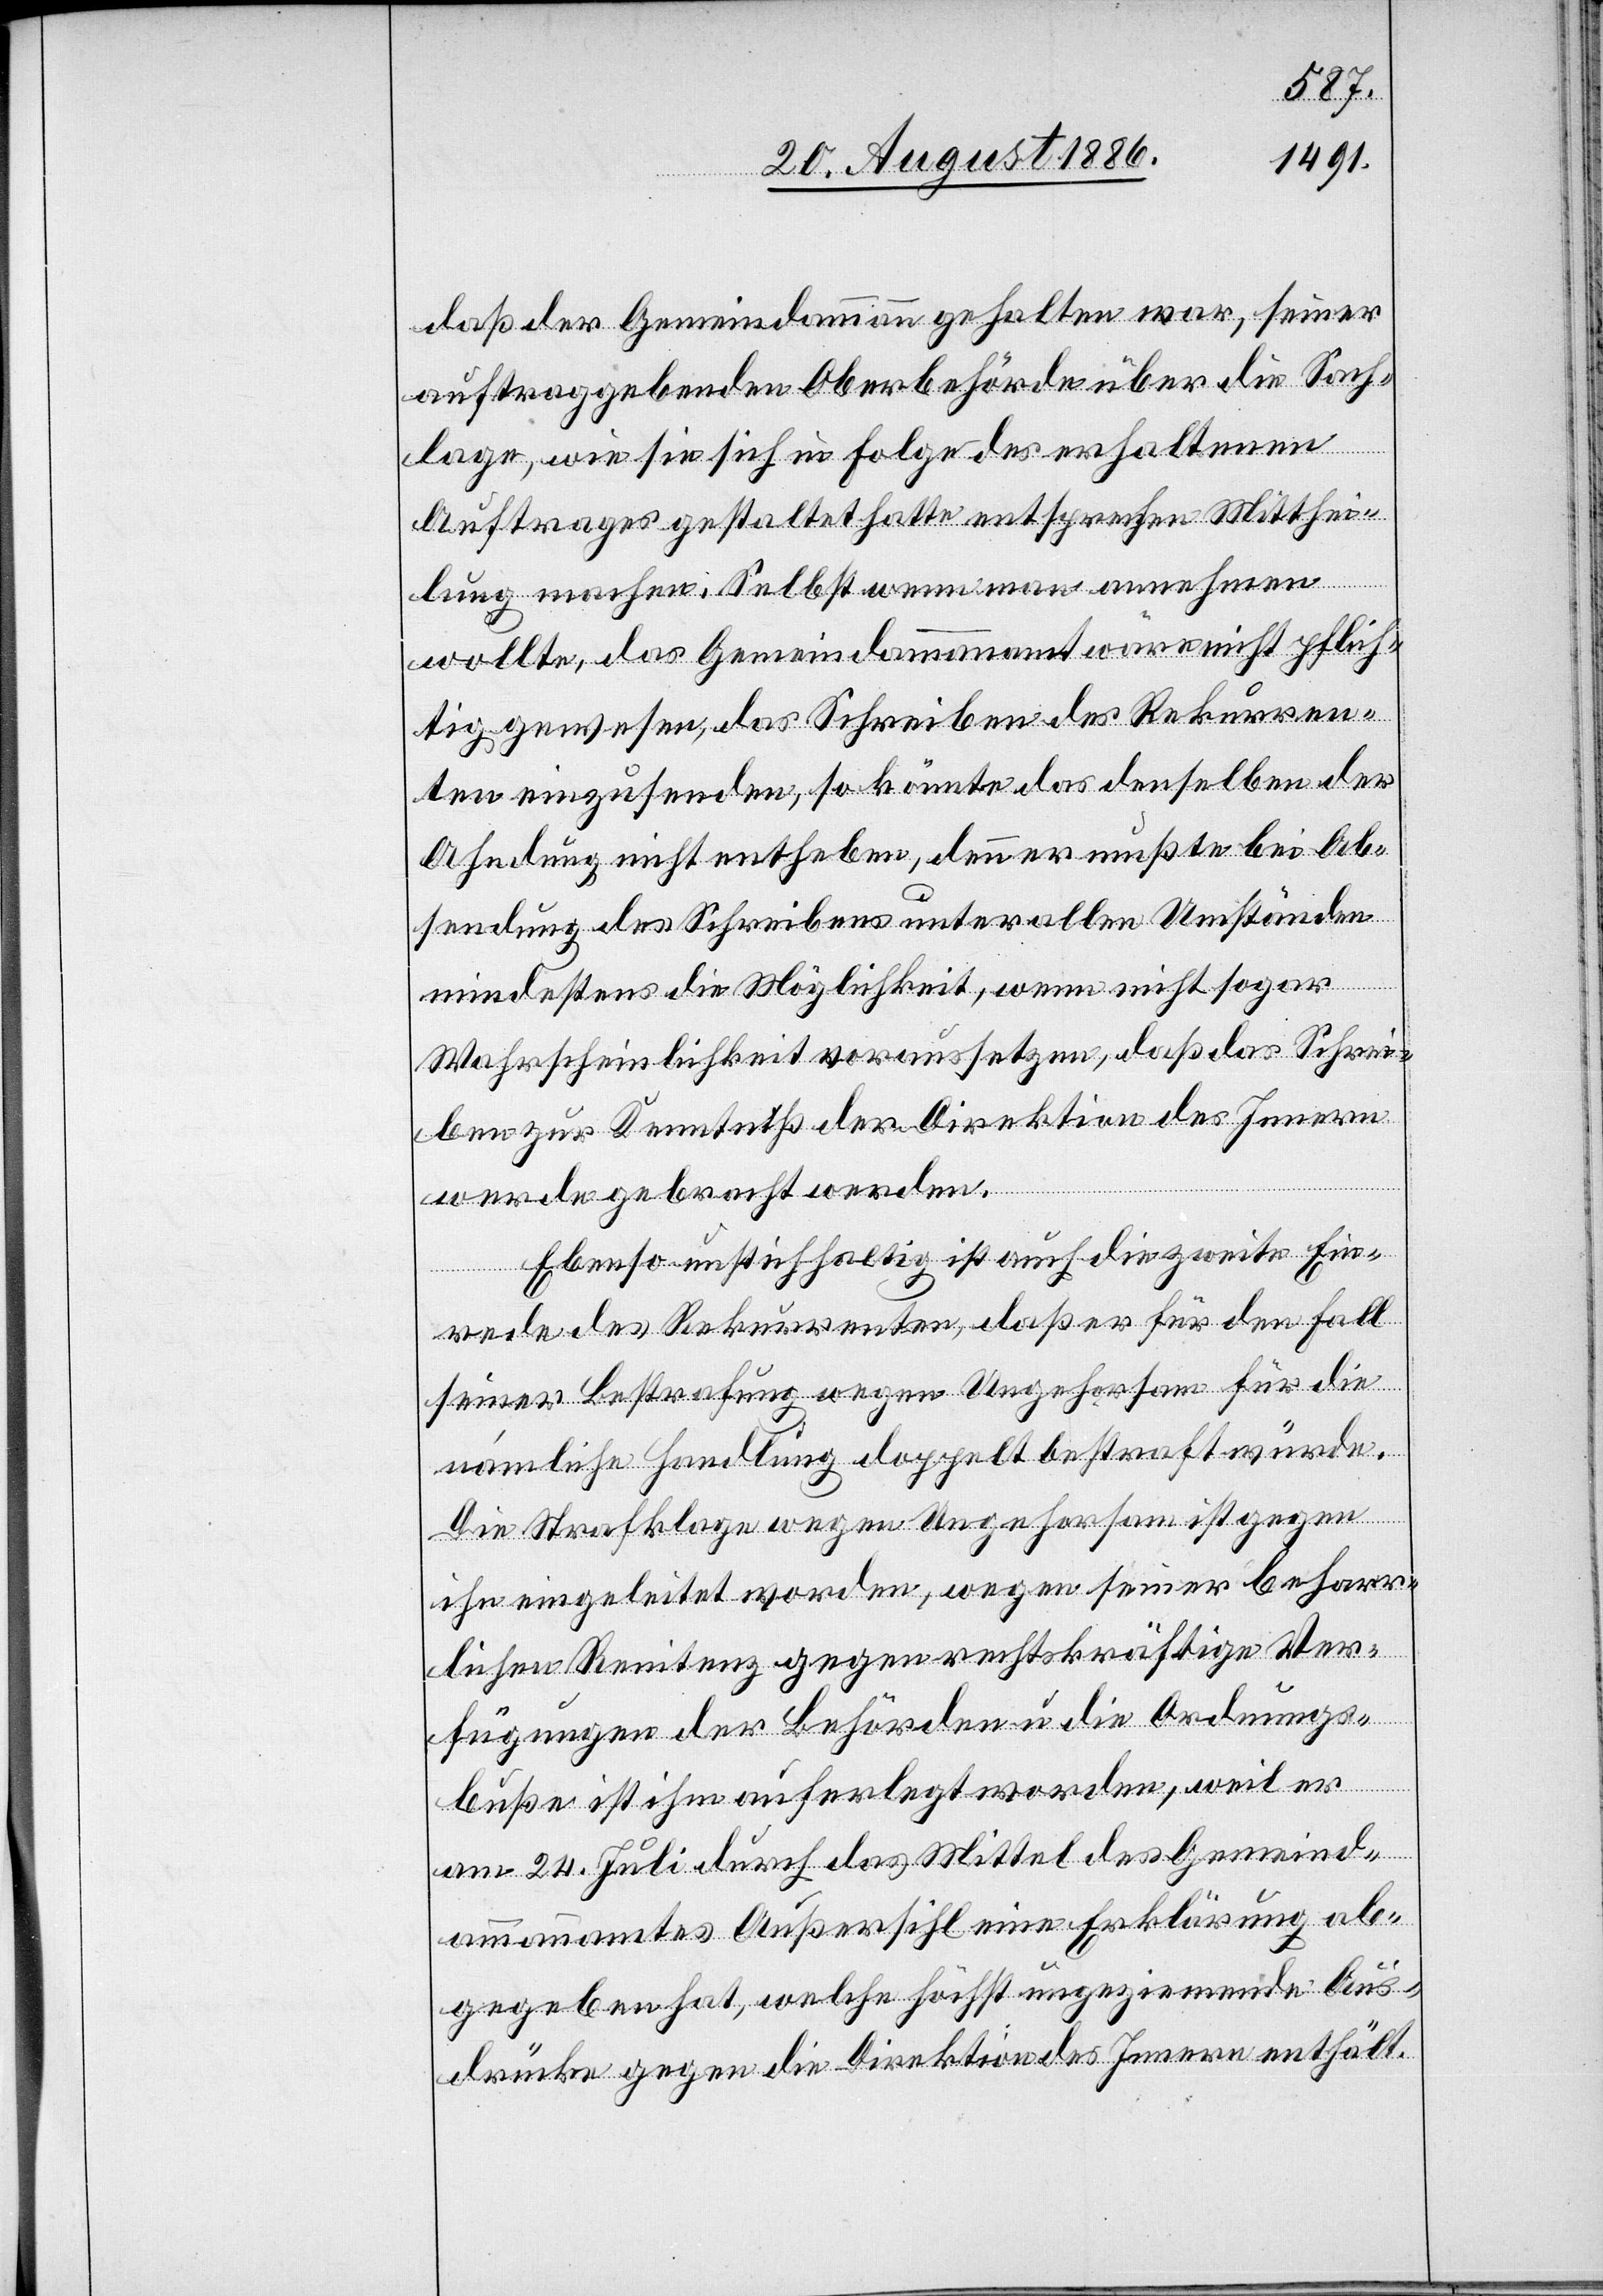
daß der Gemeindammann gehalten war, seiner
auftraggebenden Oberbehörde über die Sach¬
lage, wie sie sich in Folge des erhaltenen
Auftrages gestaltet hatte entsprechen[de] Mitthei¬
lung [zu] machen. Selbst wenn man annehmen
wollte, das Gemeindammannamt wäre nicht pflich¬
tig gewesen, das Schreiben des Rekurren¬
ten einzusenden, so könnte das denselben der
Ahndung nicht entheben, denn er muß bei Ab¬
sendung des Schreibens unter allen Umständen
mindestens die Möglichkeit, wenn nicht sogar
Wahrscheinlichkeit voraussetzen, daß das Schrei¬
ben zur Kenntniß der Direktion des Innern
werde gebracht werden.
Ebenso unstichhaltig ist auch die zweite Ein¬
rede des Rekurrenten, daß er für den Fall
seiner Bestrafung wegen Ungehorsam für die
nämliche Handlung doppelt bestraft würde.
Die Strafklage wegen Ungehorsam ist gegen
ihn eingeleitet worden, wegen seiner beharr¬
lichen Renitenz gegen rechtskräftige Ver¬
fügungen der Behörden u. die Ordnungs¬
buße ist ihm auferlegt worden, weil er
am 24. Juli durch das Mittel des Gemeind¬
ammannamt Außersihl eine Erklärung ab¬
gegeben hat, welche höchst unziemende Aus¬
drücke gegen die Direktion des Innern enthält.